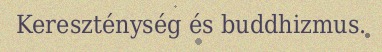
Kereszténység és buddhizmus.